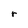
Character: r